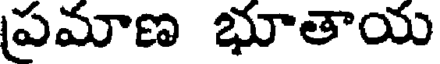
ప్రమాణ భూతాయ